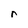
Character: r